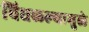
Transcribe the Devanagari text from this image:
चिघळल्यामुळे